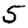
Digit: 5